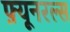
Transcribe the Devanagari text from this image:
फ़्यूनरल्स